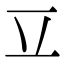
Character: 𰀆